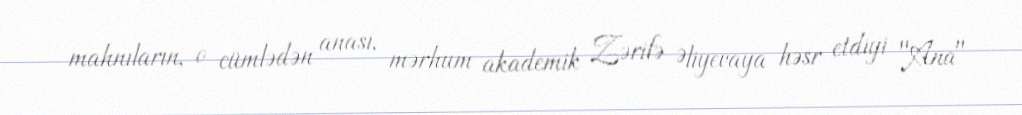
mahnıların, o cümlədən anası, mərhum akademik Zərifə Əliyevaya həsr etdiyi "Ana"